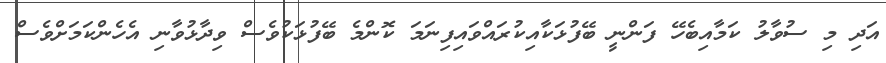
އަދި މި ސުވާލު ކަމާއިބެހޭ ފަންނީ ބޭފުޅަކާއިކުރައްވައިފިނަމަ ކޮންމެ ބޭފުޅަކުވެސް ވިދާޅުވާނި އެހެންކަމަށްވެސް